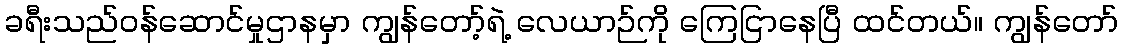
ခရီးသည်ဝန်ဆောင်မှုဌာနမှာ ကျွန်တော့်ရဲ့ လေယာဉ်ကို ကြေငြာနေပြီ ထင်တယ်။ ကျွန်တော်